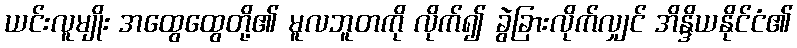
ယင်းလူမျိုး အထွေထွေတို့၏ မူလဘူတကို လိုက်၍ ခွဲခြားလိုက်လျှင် အိန္ဒိယနိုင်ငံ၏